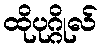
ထိုပုဂ္ဂိုလ်